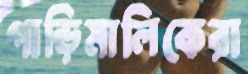
গাড়িমালিকেরা